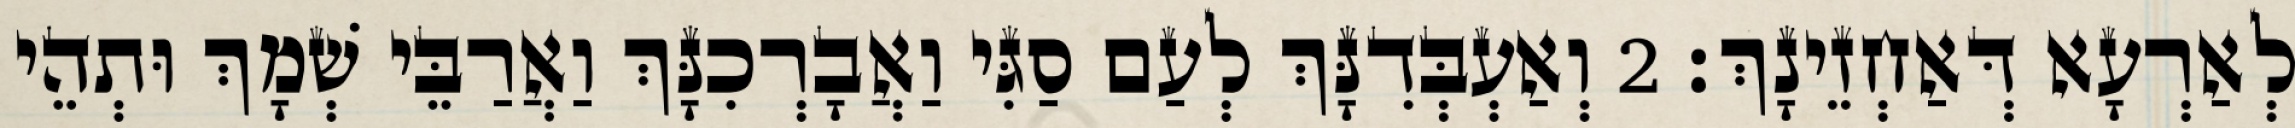
לְאַרְעָא דְּאַחְזֵינָךְ׃ 2 וְאַעְבְּדִנָּךְ לְעַם סַגִּי וַאֲבָרְכִנָּךְ וַאֲרַבֵּי שְׁמָךְ וּתְהֵי